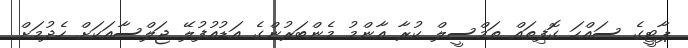
ޕާޓީގެ ސައްހަ ގޮފިތައް ތަމްސީލް ކުރާ އާންމު މެންބަރުންގެ އަޑުއުފުލޭ ޖަލްސާއަކަށް ހެދުމަށް